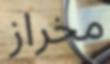
مخراز